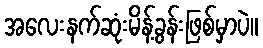
အလေးနက်ဆုံးမိန့်ခွန်းဖြစ်မှာပဲ။